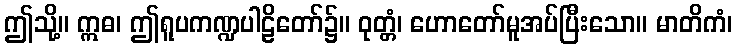
ဤသို့။ ဣဓ၊ ဤရူပကဏ္ဍပါဠိတော်၌။ ဝုတ္တံ၊ ဟောတော်မူအပ်ပြီးသော။ မာတိကံ၊